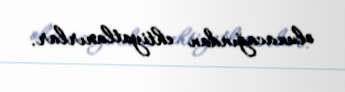
olunacağından ehtiyatlanırlar.